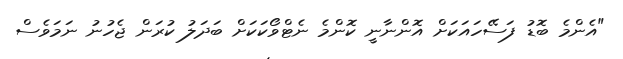
"އެންމެ ބޮޑު ފަސޭހައަކަށް އޮންނާނީ ކޮންމެ ނެޓްވޯކަކަށް ބަދަލު ކުރަން ޖެހުނު ނަމަވެސް